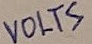
Text: VOLTS